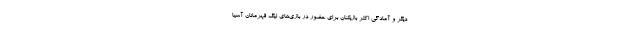
دیگر و آمادگی اکثر بازیکنان برای حضور در بازی‌های لیگ قهرمانان آسیا